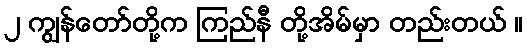
၂ ကျွန်တော်တို့က ကြည်နီ တို့အိမ်မှာ တည်းတယ် ။